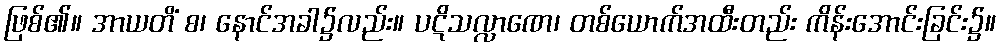
ဖြစ်၏။ အာယတိံ စ၊ နောင်အခါ၌လည်း။ ပဋိသလ္လာဏေ၊ တစ်ယောက်အထီးတည်း ကိန်းအောင်းခြင်း၌။